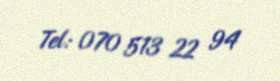
Tel: 070 513 22 94